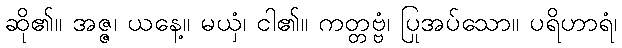
ဆို၏။ အဇ္ဇ၊ ယနေ့။ မယှံ၊ ငါ၏။ ကတ္တဗ္ဗံ၊ ပြုအပ်သော။ ပရိဟာရံ၊